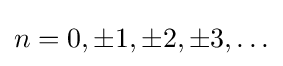
n=0,\pm 1,\pm 2,\pm 3,\ldots